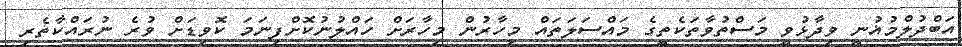
އަބްދުލްމުޣުނީ ވިދާޅުވީ މަސްތުވާތަކެތީގެ މައްސަލަތައް މިހާރުން މިހާރަށް ހައްލުނުކޮށްފިނަމަ ކޮވިޑަށް ވުރެ ނުރައްކާތެރި